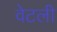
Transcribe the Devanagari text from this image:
वेटली